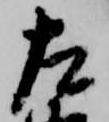
左